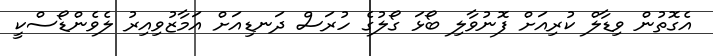
އެގޮތުން ވިޑާލް ކުރިއަށް ފޮނުވާލި ބޯޅަ ގޯލުގެ ހުރަސް ދަނޑިއަށް އަމާޒުވިއިރު ލެވެންޑޯސްކީ